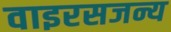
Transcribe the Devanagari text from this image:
वाइरसजन्य